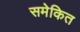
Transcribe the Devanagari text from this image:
समेकित